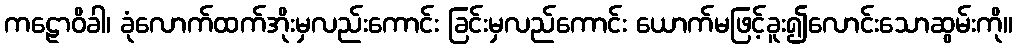
ကဠောဝိခါ၊ ခုံလောက်ထက်အိုးမှလည်းကောင်း ခြင်းမှလည်ကောင်း ယောက်မဖြင့်ခူး၍လောင်းသောဆွမ်းကို။